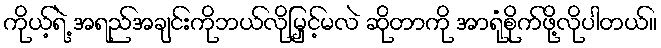
ကိုယ့်ရဲ့ အရည်အချင်းကိုဘယ်လိုမြှင့်မလဲ ဆိုတာကို အာရုံစိုက်ဖို့လိုပါတယ်။